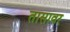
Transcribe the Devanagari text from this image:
तासावर